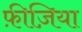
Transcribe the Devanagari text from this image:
फ़ीज़िया